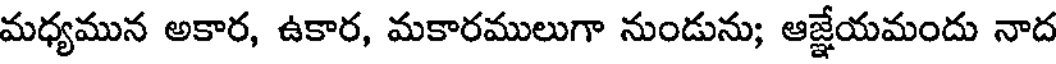
మధ్యమున అకార, ఉకార, మకారములుగా నుండును; ఆజ్జేయమందు నాద